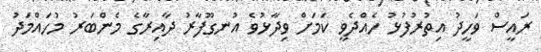
ރައީސް ވަހީދު އިތުރުފުޅު ހެއްދެވީ ކަމަށް ވިދާޅުވެ އުނގޫފާރު ދާއިރާގެ މެންބަރު މުހައްމަދު